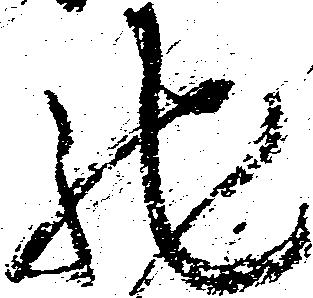
馳